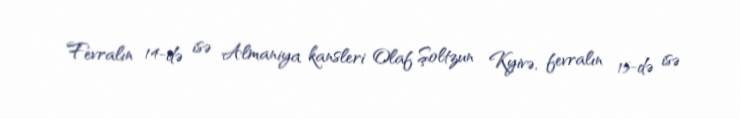
Fevralın 14-də isə Almaniya kansleri Olaf Şoltzun Kyivə, fevralın 15-də isə